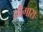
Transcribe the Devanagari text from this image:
मीगारा